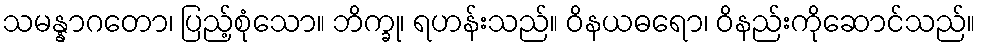
သမန္နာဂတော၊ ပြည့်စုံသော။ ဘိက္ခု၊ ရဟန်းသည်။ ဝိနယဓရော၊ ဝိနည်းကိုဆောင်သည်။